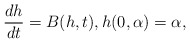
\begin{align*}\frac{dh}{dt}=B(h,t),h(0,\alpha)=\alpha,\end{align*}